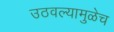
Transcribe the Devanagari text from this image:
उठवल्यामुळेच